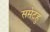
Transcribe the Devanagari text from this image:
समेटहु